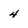
Character: 4